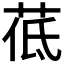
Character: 𦰣